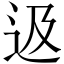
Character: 﨤